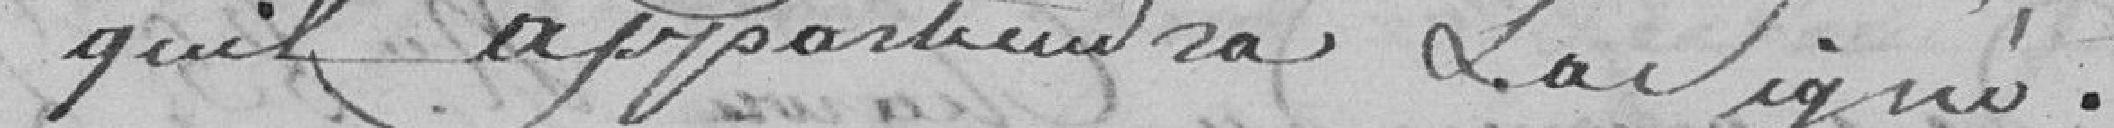
quel appartiendra Lavigne .